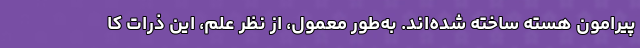
پیرامون هسته ساخته شده‌اند. به‌طور معمول، از نظر علم، این ذرات کا